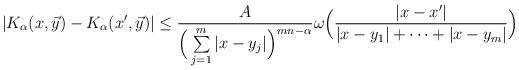
LaTeX: \begin{align*} |K_{\alpha}(x,\vec{y}) -K_{\alpha}(x',\vec{y}) | &\le \dfrac{A }{\Big (\sum\limits_{j=1}^{m}|x-y_{j}| \Big)^{mn-\alpha}} \omega \Big( \frac{|x-x'|}{ |x-y_{1}|+\cdots+|x-y_{m}|} \Big)\end{align*}